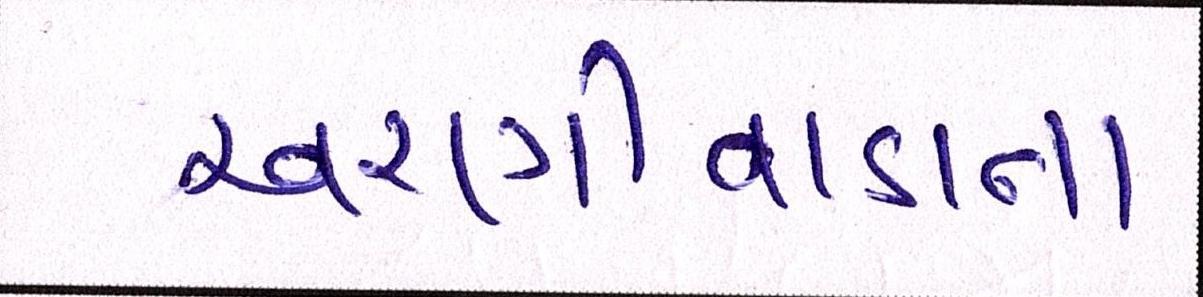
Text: અરણીવાડાના